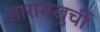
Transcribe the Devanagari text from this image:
आरामखुर्ची